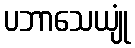
ပဘာသေယျုံ